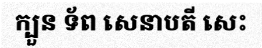
ក្បួន ទ័ព សេនាបតី សេះ